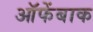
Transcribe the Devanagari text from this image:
ऑफेंबाक